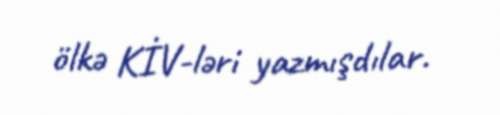
ölkə KİV-ləri yazmışdılar.